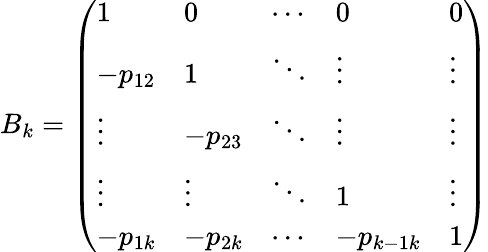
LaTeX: B_{k}=\left(\begin{array}{lllll}{1}&{0}&{\cdots}&{0}&{0}\\ {-p_{12}}&{1}&{\ddots}&{\vdots}&{\vdots}\\ {\vdots}&{-p_{23}}&{\ddots}&{\vdots}&{\vdots}\\ {\vdots}&{\vdots}&{\ddots}&{1}&{\vdots}\\ {-p_{1k}}&{-p_{2k}}&{\cdots}&{-p_{k-1k}}&{1}\end{array}\right)